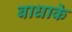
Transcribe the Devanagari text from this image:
बाधाके